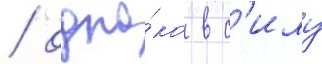
/ одна́ко в с'илу